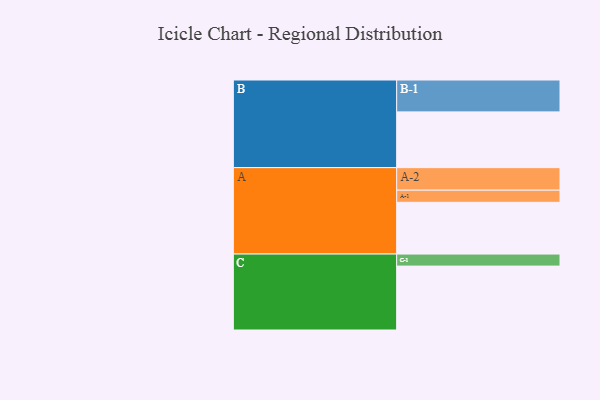
{"axis": {"x": "Segment", "y": "Value"}, "legend": ["", "A", "B", "C"], "data": [{"x": "A", "y": 425, "type": ""}, {"x": "B", "y": 458, "type": ""}, {"x": "C", "y": 525, "type": ""}, {"x": "A-1", "y": 100, "type": "A"}, {"x": "A-2", "y": 185, "type": "A"}, {"x": "B-1", "y": 262, "type": "B"}, {"x": "C-1", "y": 99, "type": "C"}]}